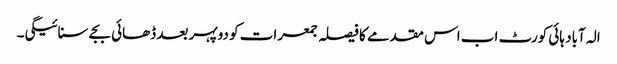
الہ آباد ہائی کورٹ اب اس مقدمے کا فیصلہ جمعرات کو دوپہر بعد ڈھائی بجے سنائیگی۔